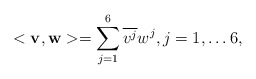
\begin{align*}<{\bf v}, {\bf w}> = \sum\limits_{j=1}^6 \overline{v^j} w^j, j=1,\ldots 6,\end{align*}